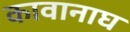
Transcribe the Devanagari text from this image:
कावानाघ